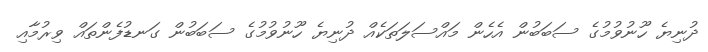
ދުނިޔެ ހޫނުވުމުގެ ސަބަބުން އެހެން މައްސަލަތަކެއް ދުނިޔެ ހޫނުވުމުގެ ސަބަބުން ގަނޑުފެންތައް ވިރުމާއި